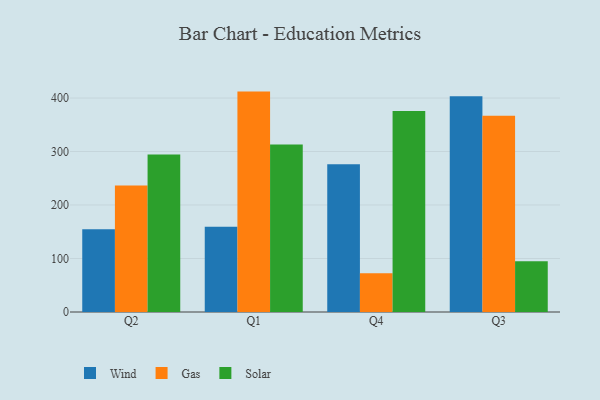
{"axis": {"x": "Quarter", "y": "Headcount"}, "legend": ["Gas", "Solar", "Wind"], "data": [{"x": "Q2", "y": 154.9, "type": "Wind"}, {"x": "Q2", "y": 236.5, "type": "Gas"}, {"x": "Q2", "y": 294.5, "type": "Solar"}, {"x": "Q1", "y": 159.2, "type": "Wind"}, {"x": "Q1", "y": 412.0, "type": "Gas"}, {"x": "Q1", "y": 312.9, "type": "Solar"}, {"x": "Q4", "y": 276.3, "type": "Wind"}, {"x": "Q4", "y": 72.5, "type": "Gas"}, {"x": "Q4", "y": 375.8, "type": "Solar"}, {"x": "Q3", "y": 403.1, "type": "Wind"}, {"x": "Q3", "y": 366.9, "type": "Gas"}, {"x": "Q3", "y": 94.9, "type": "Solar"}]}